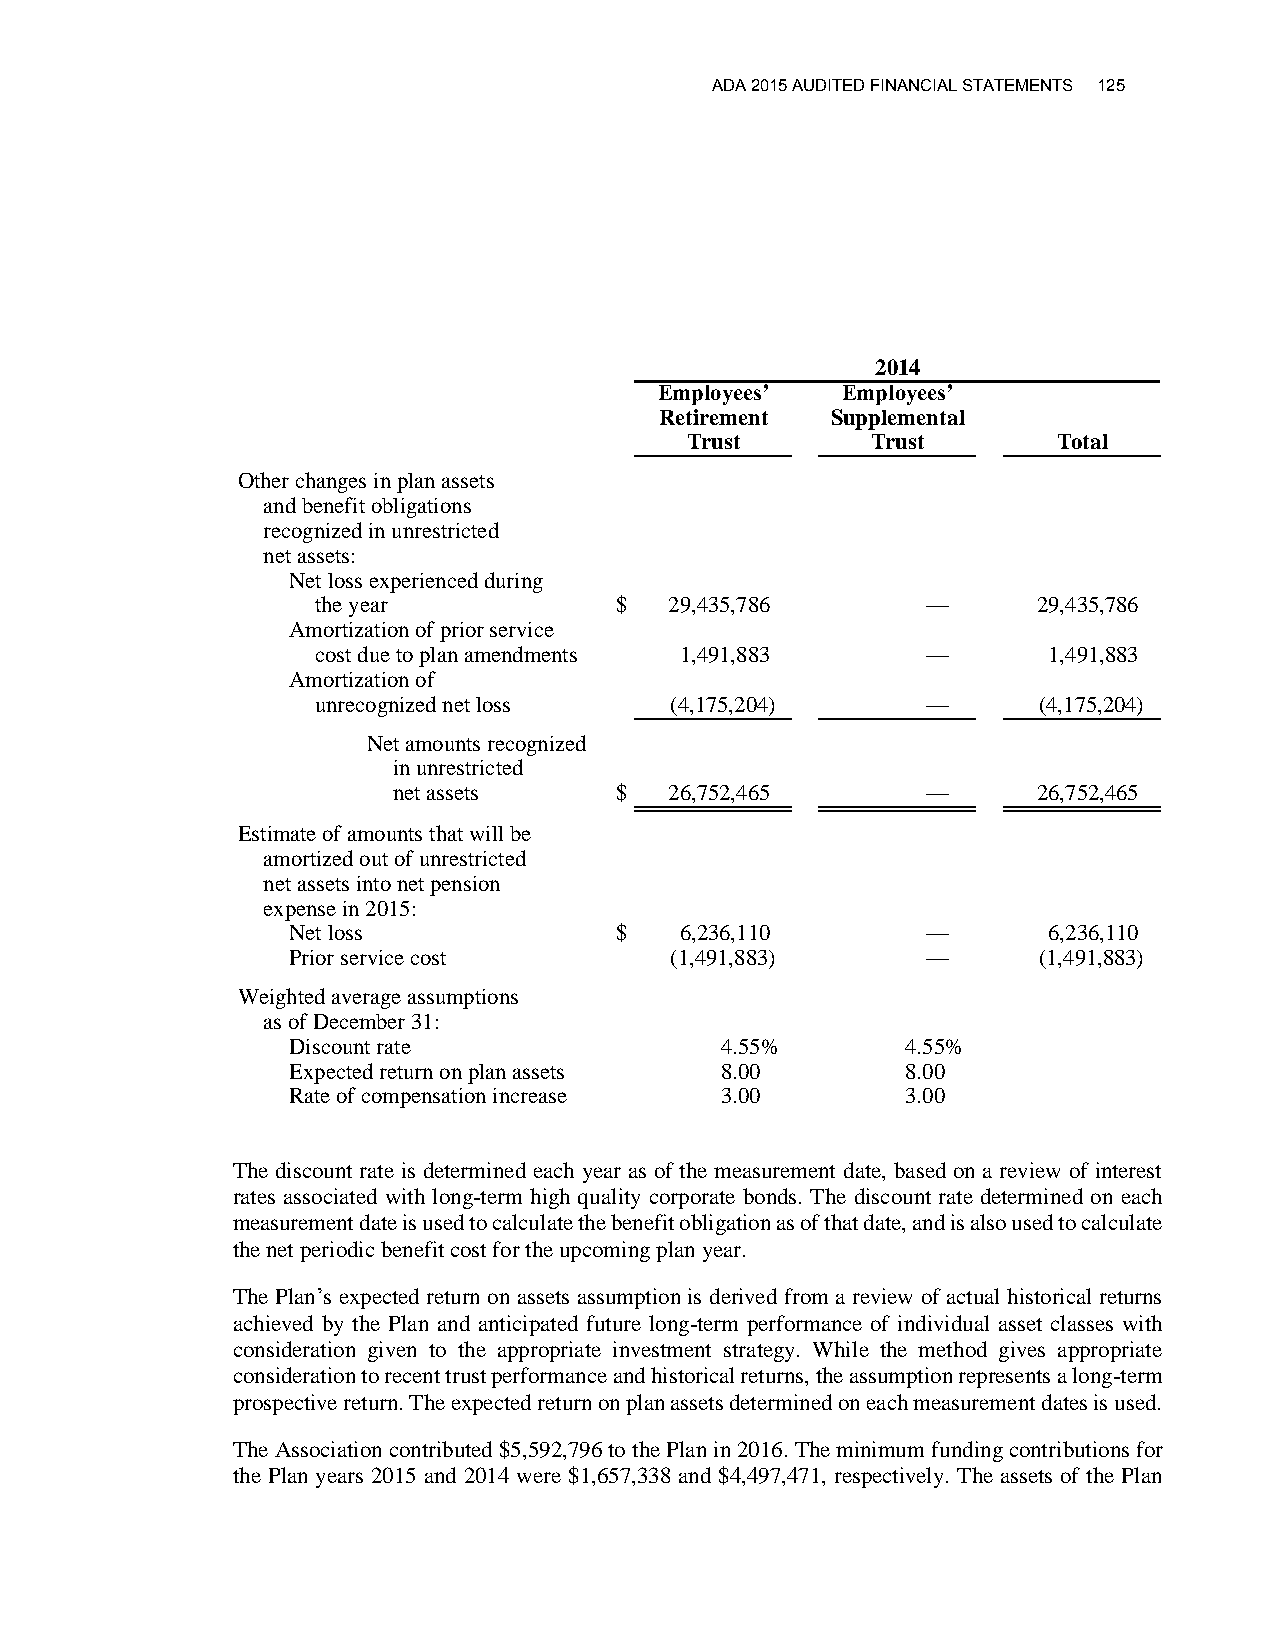
ADA 2015 AUDITED FINANCIAL STATEMENTS 125
 2014
 Employees’  Employees’
 Retirement Supplemental
 Trust        Trust       Total
 Other changes in plan assets
 and benefit obligations
 recognized in unrestricted
 net assets:
 Net loss experienced during
 the year            $  29,435,786       —       29,435,786
 Amortization of prior service
 cost due to plan amendments 1,491,883   —       1,491,883
 Amortization of
 unrecognized net loss  (4,175,204)      —       (4,175,204)
 Net amounts recognized
 in unrestricted
 net assets     $  26,752,465       —       26,752,465
 Estimate of amounts that will be
 amortized out of unrestricted
 net assets into net pension
 expense in 2015:
 Net loss              $   6,236,110       —       6,236,110
 Prior service cost       (1,491,883)      —       (1,491,883)
 Weighted average assumptions
 as of December 31:
 Discount rate                4.55%       4.55%
 Expected return on plan assets 8.00      8.00
 Rate of compensation increase 3.00       3.00
 The discount rate is determined each year as of the measurement date, based on a review of interest
 rates associated with long-term high quality corporate bonds. The discount rate determined on each
 measurement date is used to calculate the benefit obligation as of that date, and is also used to calculate
 the net periodic benefit cost for the upcoming plan year.
 The Plan’s expected return on assets assumption is derived from a review of actual historical returns
 achieved by the Plan and anticipated future long-term performance of individual asset classes with
 consideration given to the appropriate investment strategy. While the method gives appropriate
 consideration to recent trust performance and historical returns, the assumption represents a long-term
 prospective return. The expected return on plan assets determined on each measurement dates is used.
 The Association contributed $5,592,796 to the Plan in 2016. The minimum funding contributions for
 the Plan years 2015 and 2014 were $1,657,338 and $4,497,471, respectively. The assets of the Plan